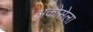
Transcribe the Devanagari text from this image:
अकोसेला